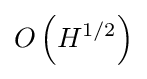
O\left({H^{1/2}}\right)